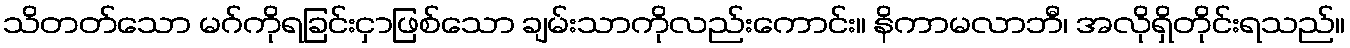
သိတတ်သော မဂ်ကိုရခြင်းငှာဖြစ်သော ချမ်းသာကိုလည်းကောင်း။ နိကာမလာဘီ၊ အလိုရှိတိုင်းရသည်။